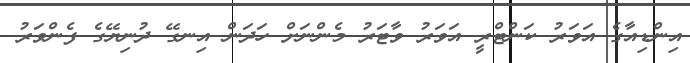
އިންޑިއާގެ އަވަރު ކަންޓްރީ އަވަރު ވާޓަރު މެންނަށް ހަދަން އިނގޭ ދުނިޔޭގެ ފެންވަރު